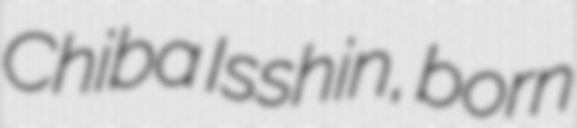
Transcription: Chiba Isshin, born